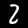
Label: 2